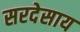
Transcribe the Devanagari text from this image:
सरदेसाय